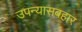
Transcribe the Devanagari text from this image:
उपन्यासबहार